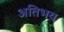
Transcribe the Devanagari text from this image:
अतिभय